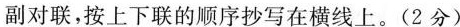
副对联，按上下联的顺序抄写在横线上。(2分)